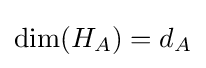
\dim(H_{A})=d_{A}